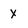
Character: X